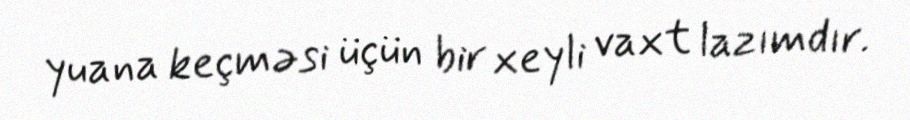
yuana keçməsi üçün bir xeyli vaxt lazımdır.